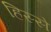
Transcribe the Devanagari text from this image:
हिस्‍स्‍ो